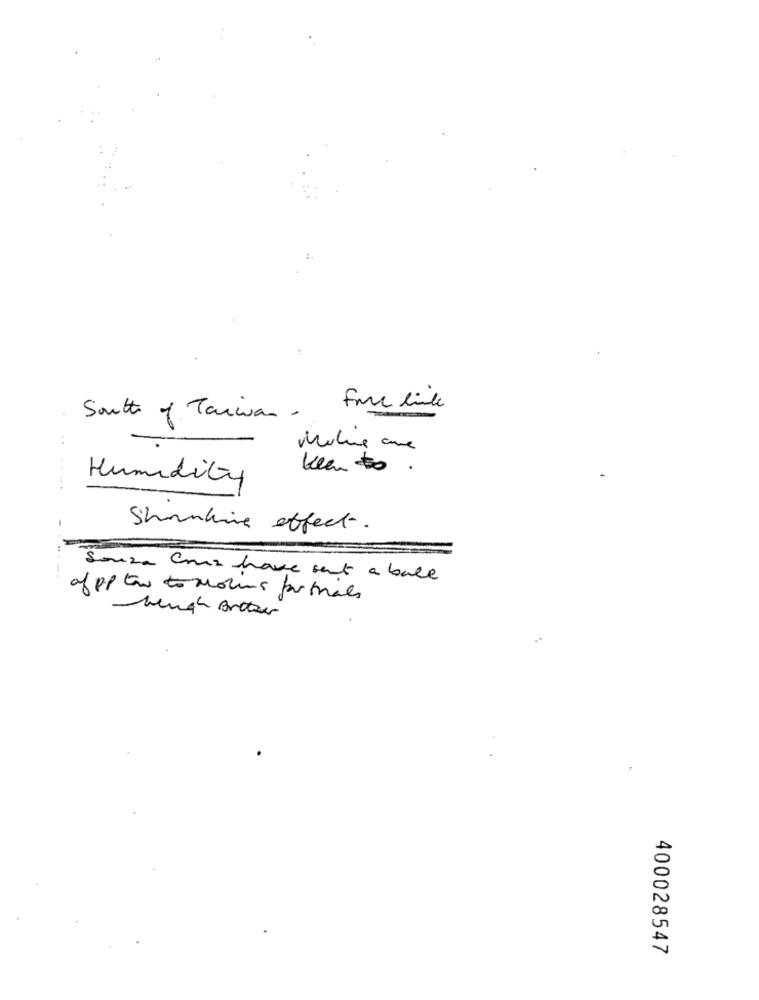
South of Taiwan .
Keen to .
....
Humidity
Shaking effect.
-----
Souza Cruz have sent a ball
of pop tow to molins portals
Lunch Breton
400028547